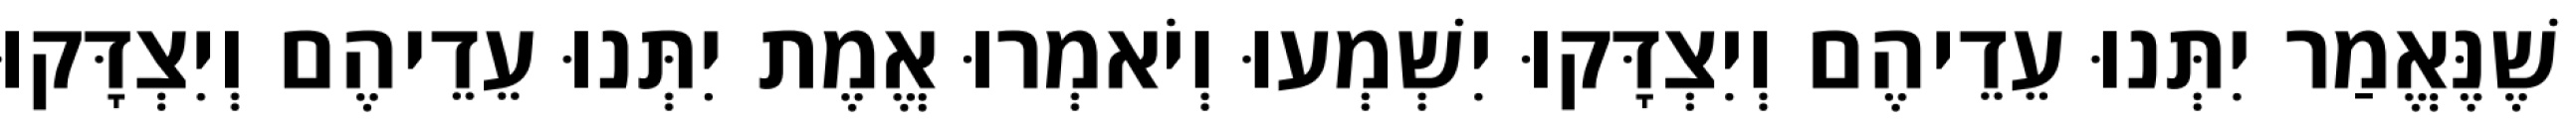
שֶׁנֶּאֱמַר יִתְּנוּ עֵדֵיהֶם וְיִצְדָּקוּ יִשְׁמְעוּ וְיֹאמְרוּ אֱמֶת יִתְּנוּ עֵדֵיהֶם וְיִצְדָּקוּ